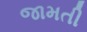
જામતી